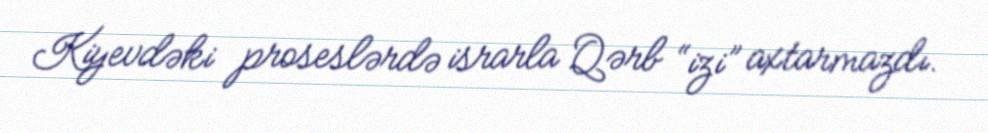
Kiyevdəki proseslərdə israrla Qərb “izi” axtarmazdı.